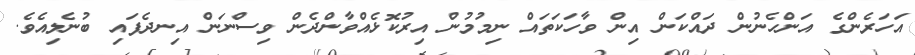
އަހަރެންގެ އަންހެނުން ދައްކަން އިން ވާހަކަތައް ނިމުމުން އިރުކޮޅެއްވާންދެން ވިސްނަން އިނދެފައި ބުނެލިއެވެ.